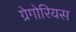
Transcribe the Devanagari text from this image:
ग्रेगोरियस